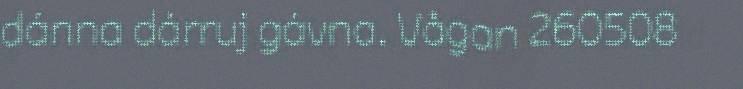
dánna dárruj gávna. Vågan 260508